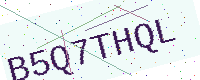
Text: B5Q7THQL